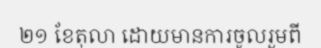
២១ ខែតុលា ដោយមានការចូលរួមពី